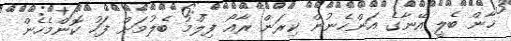
ޚާން ބެލީ އޭނާގެ އަންހެނުން ކިރަން ރާއޯ ފިލްމު ބެލުމަށް ފަހު ކޮންމެހެން